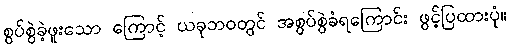
စွပ်စွဲခဲ့ဖူးသော ကြောင့် ယခုဘဝတွင် အစွပ်စွဲခံရကြောင်း ဖွင့်ပြထားပုံ။